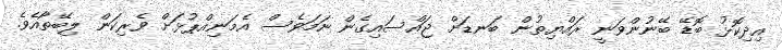
އިދިކޮޅު ބޮޑޭ ބޭނުންވަނީ ރައްޔިތުން ބަނޑަށް ޖައްސައިގެން ނަމަވެސް އެމަނިއްޕުޅަށް ވެރިކަން ލިބޭތޯއެވެ.